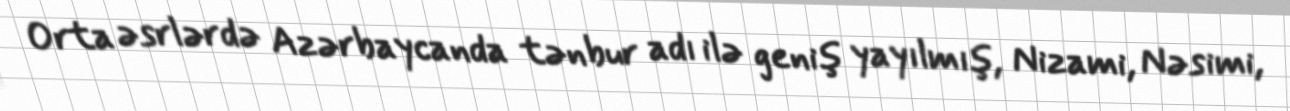
Orta əsrlərdə Azərbaycanda tənbur adı ilə geniş yayılmış, Nizami, Nəsimi,